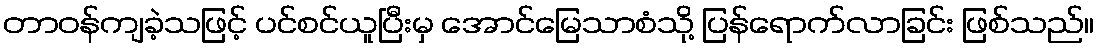
တာဝန်ကျခဲ့သဖြင့် ပင်စင်ယူပြီးမှ အောင်မြေသာစံသို့ ပြန်ရောက်လာခြင်း ဖြစ်သည်။